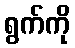
ရွက်ကို